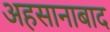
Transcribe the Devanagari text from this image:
अहसानाबाद